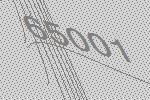
65001